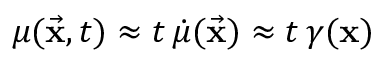
\mu ( \vec { \bf x } , t ) \approx t \, \dot { \mu } ( \vec { \bf x } ) \approx t \, \gamma ( { \bf x } )